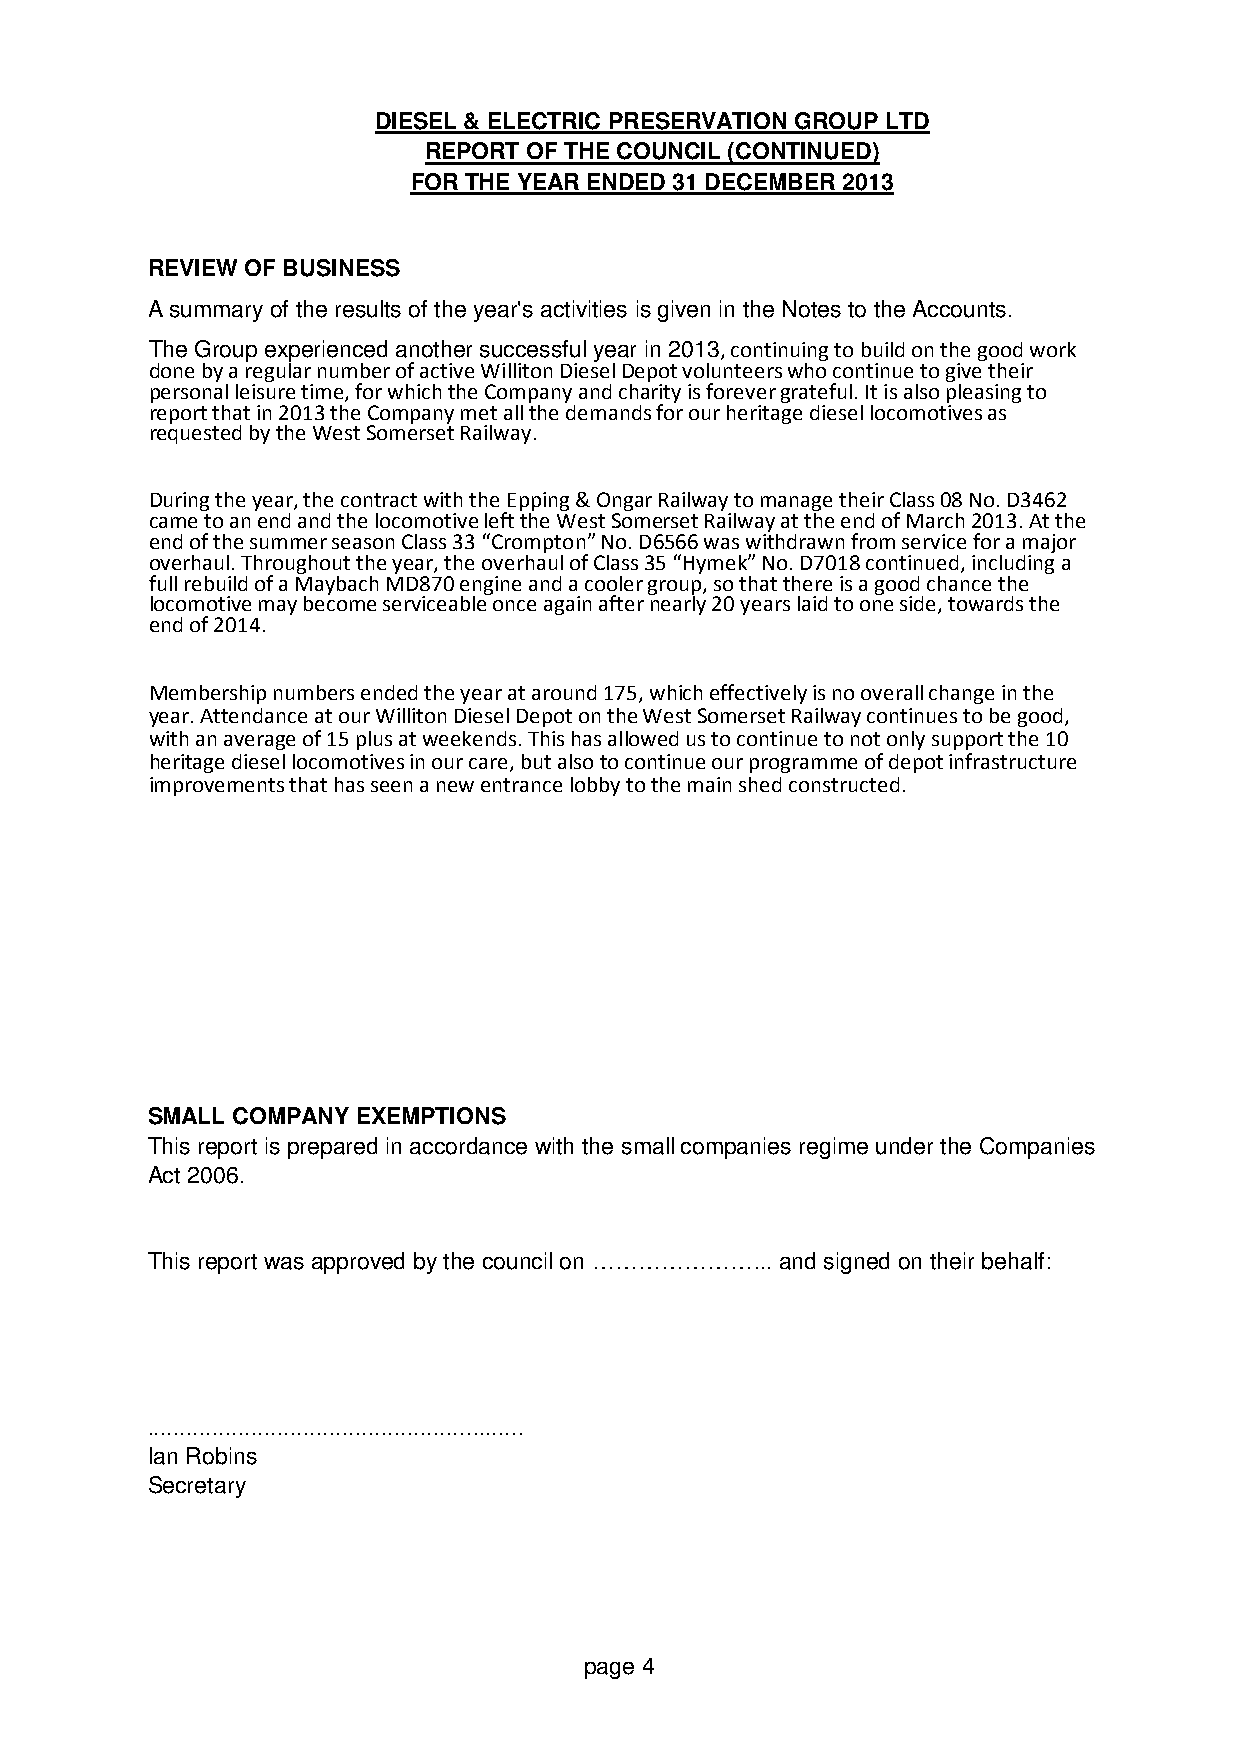
DIESEL & ELECTRIC PRESERVATION GROUP LTD
 REPORT OF THE COUNCIL (CONTINUED)
 FOR THE YEAR ENDED 31 DECEMBER 2013
 REVIEW OF BUSINESS
 A summary of the results of the year's activities is given in the Notes to the Accounts.
 The Group experienced another successful year in 2013, continuing to build on the good work
 done by a regular number of active Williton Diesel Depot volunteers who continue to give their
 personal leisure time, for which the Company and charity is forever grateful. It is also pleasing to
 report that in 2013 the Company met all the demands for our heritage diesel locomotives as
 requested by the West Somerset Railway.
 During the year, the contract with the Epping & Ongar Railway to manage their Class 08 No. D3462
 came to an end and the locomotive left the West Somerset Railway at the end of March 2013. At the
 end of the summer season Class 33 “Crompton” No. D6566 was withdrawn from service for a major
 overhaul. Throughout the year, the overhaul of Class 35 “Hymek” No. D7018 continued, including a
 full rebuild of a Maybach MD870 engine and a cooler group, so that there is a good chance the
 locomotive may become serviceable once again after nearly 20 years laid to one side, towards the
 end of 2014.
 Membership numbers ended the year at around 175, which effectively is no overall change in the
 year. Attendance at our Williton Diesel Depot on the West Somerset Railway continues to be good,
 with an average of 15 plus at weekends. This has allowed us to continue to not only support the 10
 heritage diesel locomotives in our care, but also to continue our programme of depot infrastructure
 improvements that has seen a new entrance lobby to the main shed constructed.
 SMALL COMPANY EXEMPTIONS
 This report is prepared in accordance with the small companies regime under the Companies
 Act 2006.
 This report was approved by the council on …………………... and signed on their behalf:
 ..........................................................
 Ian Robins
 Secretary
 page 4